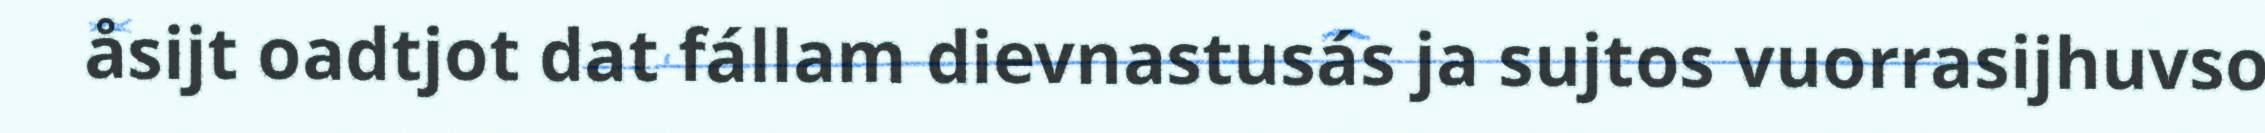
åsijt oadtjot dat fállam dievnastusás ja sujtos vuorrasijhuvso